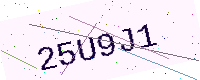
Text: 25U9J1